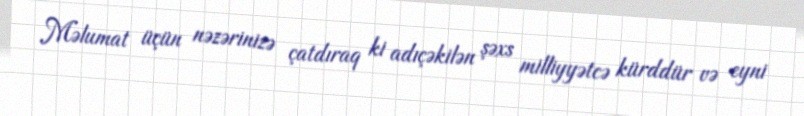
Məlumat üçün nəzərinizə çatdıraq ki adıçəkilən şəxs milliyyətcə kürddür və eyni